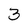
Character: 3